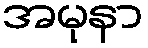
အမုနာ